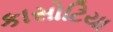
કાસોટિયા